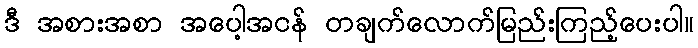
ဒီ အစားအစာ အပေါ့အငန် တချက်လောက်မြည်းကြည့်ပေးပါ။